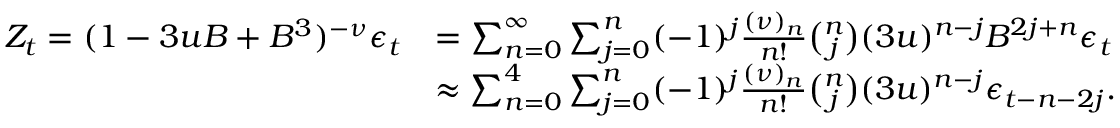
\begin{array} { r l } { Z _ { t } = ( 1 - 3 u B + B ^ { 3 } ) ^ { - \nu } \epsilon _ { t } } & { = \sum _ { n = 0 } ^ { \infty } \sum _ { j = 0 } ^ { n } ( - 1 ) ^ { j } { \frac { ( \nu ) _ { n } } { n ! } } \binom { n } { j } ( 3 u ) ^ { n - j } B ^ { 2 j + n } \epsilon _ { t } } \\ & { \approx \sum _ { n = 0 } ^ { 4 } \sum _ { j = 0 } ^ { n } ( - 1 ) ^ { j } { \frac { ( \nu ) _ { n } } { n ! } } \binom { n } { j } ( 3 u ) ^ { n - j } \epsilon _ { t - n - 2 j } . } \end{array}